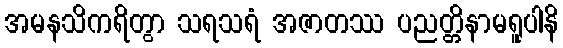
အမနသိကရိတွာ သရသရံ အဇာတဿ ပညတ္တိနာမရူပါနိ